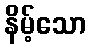
နိမ့်သော